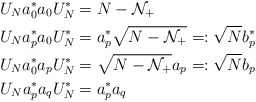
\begin{align*} U_N a_0^* a_0 U_N^*=\;&N-\mathcal{N}_+\\U_N a^*_p a_0 U_N^*=\;&a^*_p \sqrt{N-\mathcal{N}_+}=:\sqrt{N}b^*_p\\U_N a^*_0 a_p U_N^*=\;&\sqrt{N-\mathcal{N}_+}a_p =:\sqrt{N}b_p\\U_N a^*_p a_q U_N^*=\;&a^*_p a_q\end{align*}